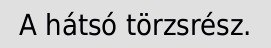
A hátsó törzsrész.